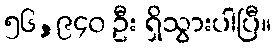
၅၆,၉၄၀ ဦး ရှိသွားပါပြီ။